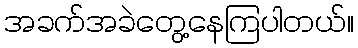
အခက်အခဲတွေ့နေကြပါတယ်။